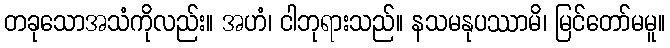
တခုသောအသံကိုလည်း။ အဟံ၊ ငါဘုရားသည်။ နသမနုပဿာမိ၊ မြင်တော်မမူ။